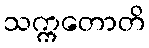
သက္ကတောတိ